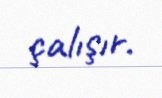
çalışır.